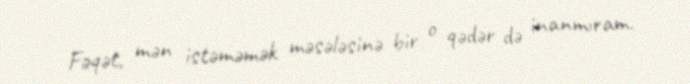
Fəqət, mən istəməmək məsələsinə bir o qədər də inanmıram.